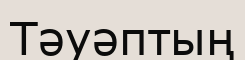
Тәуәптың